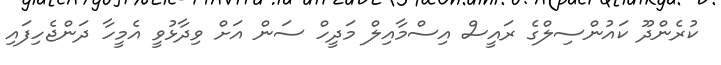
ކުރެންދޫ ކައުންސިލްގެ ރައީސް އިސްމާއިލް މަދީހް ސަން އަށް ވިދާޅުވީ އެމީހާ ދަންޖެހިފައި